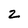
Character: z